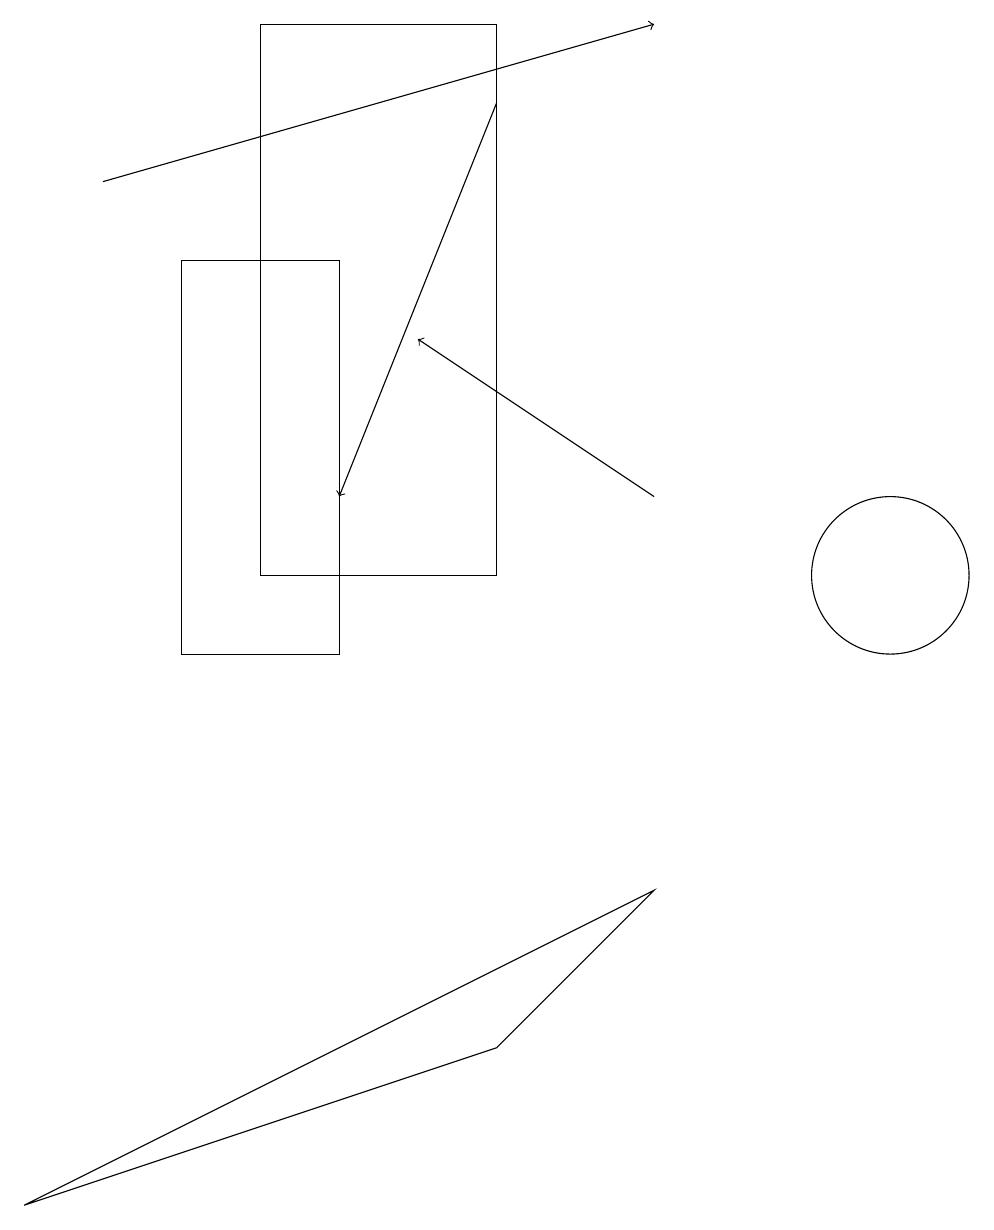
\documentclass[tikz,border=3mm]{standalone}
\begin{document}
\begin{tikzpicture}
\draw (10,10) circle (0);
\draw (6,19) rectangle (3,12);
\draw[->] (1,17) -- (8,19);
\draw (4,16) rectangle (2,11);
\draw (6,6) -- (0,4) -- (8,8) -- cycle;
\draw[->] (6,18) -- (4,13);
\draw (11,12) circle (1);
\draw[->] (8,13) -- (5,15);
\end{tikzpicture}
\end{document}